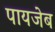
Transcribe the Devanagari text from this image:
पायजेब